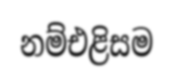
නම්එළිසම